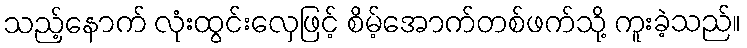
သည့်နောက် လုံးထွင်းလှေဖြင့် စိမ့်အောက်တစ်ဖက်သို့ ကူးခဲ့သည်။